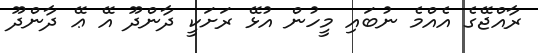
ރާއްޖޭގެ އެއްމެ ނުބައި މީހުން އުޅޭ ރަށަކީ ދާންދޫ އޭ ޢޭ ދާންދޫ